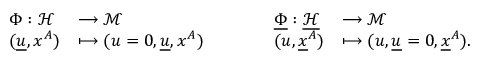
\begin{array} { l l l l l } { \Phi : \mathcal H } & { \longrightarrow \mathcal M } & { \qquad } & { \underline { \Phi } : \mathcal { \underline { H } } } & { \longrightarrow \mathcal M } \\ { ( \underline { u } , x ^ { A } ) } & { \longmapsto ( u = 0 , \underline { u } , x ^ { A } ) } & { \qquad } & { ( u , \underline { x } ^ { A } ) } & { \longmapsto ( u , \underline { u } = 0 , \underline { x } ^ { A } ) . } \end{array}